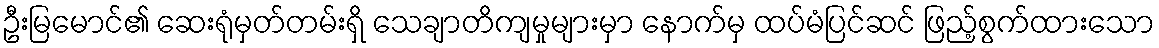
ဦးမြမောင်၏ ဆေးရုံမှတ်တမ်းရှိ သေချာတိကျမှုများမှာ နောက်မှ ထပ်မံပြင်ဆင် ဖြည့်စွက်ထားသော